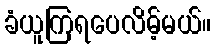
ခံယူကြရပေလိမ့်မယ်။